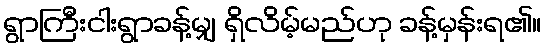
ရွာကြီးငါးရွာခန့်မျှ ရှိလိမ့်မည်ဟု ခန့်မှန်းရ၏။